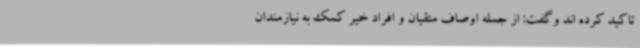
تاکید کرده اند وگفت: از جمله اوصاف متقیان و افراد خیر کمک به نیازمندان